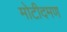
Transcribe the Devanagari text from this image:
मोटीदमण